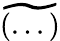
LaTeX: \widetilde{(...)}